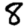
Digit: 8